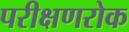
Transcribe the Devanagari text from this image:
परीक्षणरोक